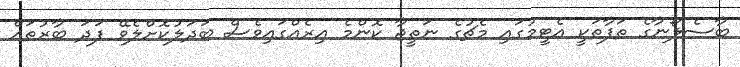
ބާސެލޯނާގެ ތަފާތަކީ އެޓީމުގައި މެޗުގެ ނަތީޖާ ކޮންމެ އިރެއްގައިވެސް ބަދަލުކޮށްލެވޭ ފަދަ ބާރުތައް